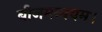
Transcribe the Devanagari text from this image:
बीजमव्ययम।